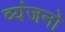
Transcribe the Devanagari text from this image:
व्‍यंजनो